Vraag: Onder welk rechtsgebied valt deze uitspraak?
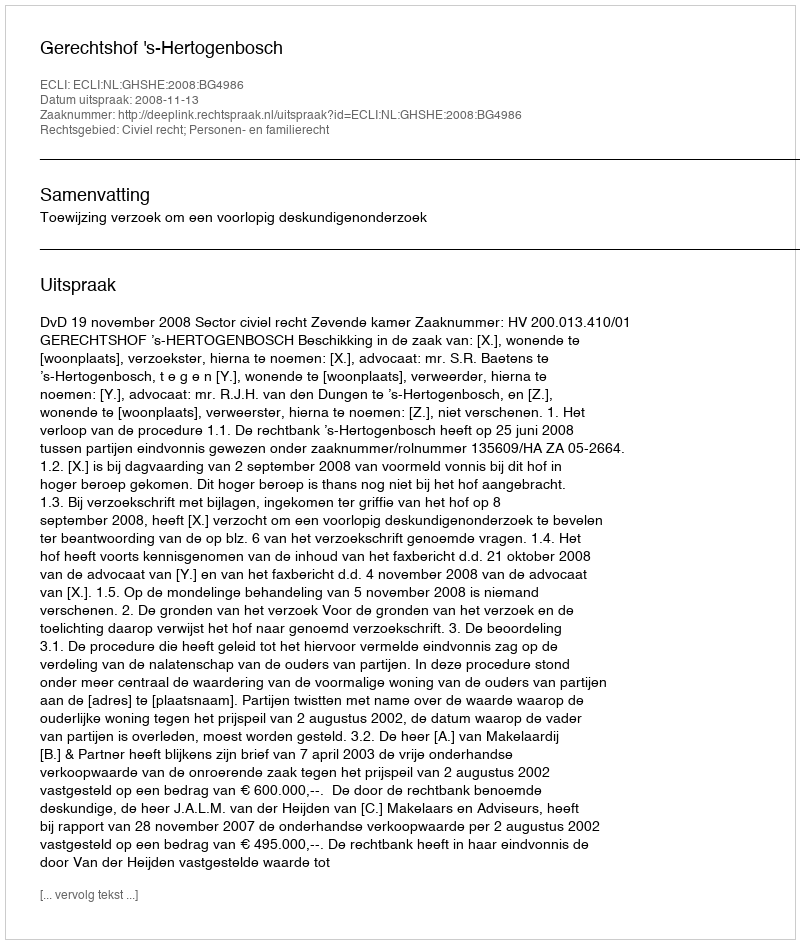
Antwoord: Civiel recht; Personen- en familierecht